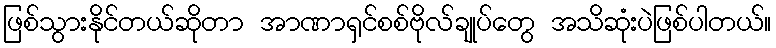
ဖြစ်သွားနိုင်တယ်ဆိုတာ အာဏာရှင်စစ်ဗိုလ်ချုပ်တွေ အသိဆုံးပဲဖြစ်ပါတယ်။